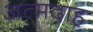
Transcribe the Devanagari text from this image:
अत्मदाह